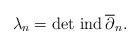
LaTeX: \begin{align*}\lambda_n=\det \,{\rm ind}\,\overline \partial_n.\end{align*}